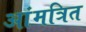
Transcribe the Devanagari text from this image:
आंमत्रित